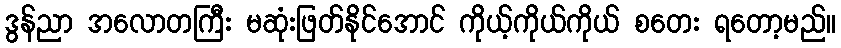
ဒွန်ညာ အလောတကြီး မဆုံးဖြတ်နိုင်အောင် ကိုယ့်ကိုယ်ကိုယ် စတေး ရတော့မည်။